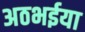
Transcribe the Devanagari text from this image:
अठभईया